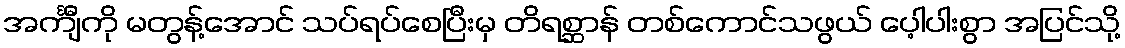
အင်္ကျီကို မတွန့်အောင် သပ်ရပ်စေပြီးမှ တိရစ္ဆာန် တစ်ကောင်သဖွယ် ပေ့ါပါးစွာ အပြင်သို့